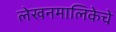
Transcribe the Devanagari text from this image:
लेखनमालिकेचे